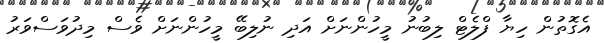
އެގޮތުން ހިޔާ ފްލެޓް ލިބުނު މީހުންނަށް އަދި ނުލިބޭ މީހުންނަށް ވެސް މިދުވަސްވަރު